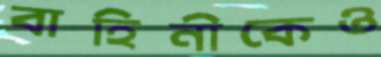
বাহিনীকেও